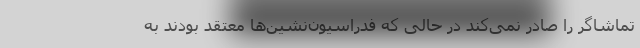
تماشاگر را صادر نمی‌کند در حالی که فدراسیون‌نشین‌ها معتقد بودند به